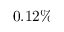
0 . 1 2 \%